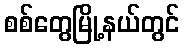
စစ်တွေမြို့နယ်တွင်